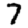
Digit: 7